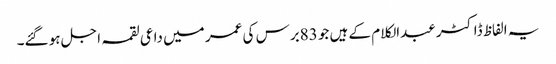
یہ الفاظ ڈاکٹر عبدالکلام کے ہیں جو 83برس کی عمر میں داعی لقمہ اجل ہو گئے۔